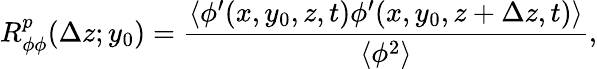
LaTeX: R_{\phi\phi}^{p}(\Delta z;y_{0})=\frac{\langle{\phi^{\prime}(x,y_{0},z,t)\phi^{\prime}(x,y_{0},z+\Delta z,t)}\rangle}{\langle{\phi^{2}}\rangle},